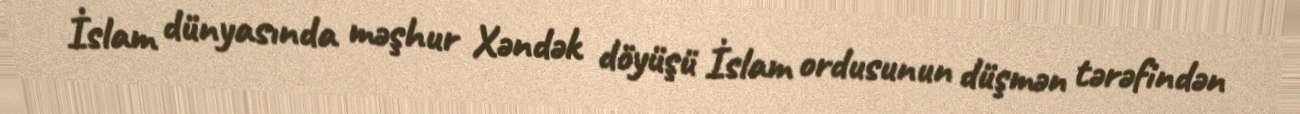
İslam dünyasında məşhur Xəndək döyüşü İslam ordusunun düşmən tərəfindən